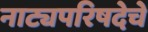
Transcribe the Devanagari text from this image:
नाट्यपरिषदेचे